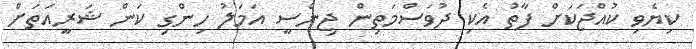
ކިޔެވި ކުއްޖަކަށް ފާތު އެކި ދުވަސްމަތިން ޖިންސީ އަމަލު ހިންގި ކަން ޝަރީއަތަށް